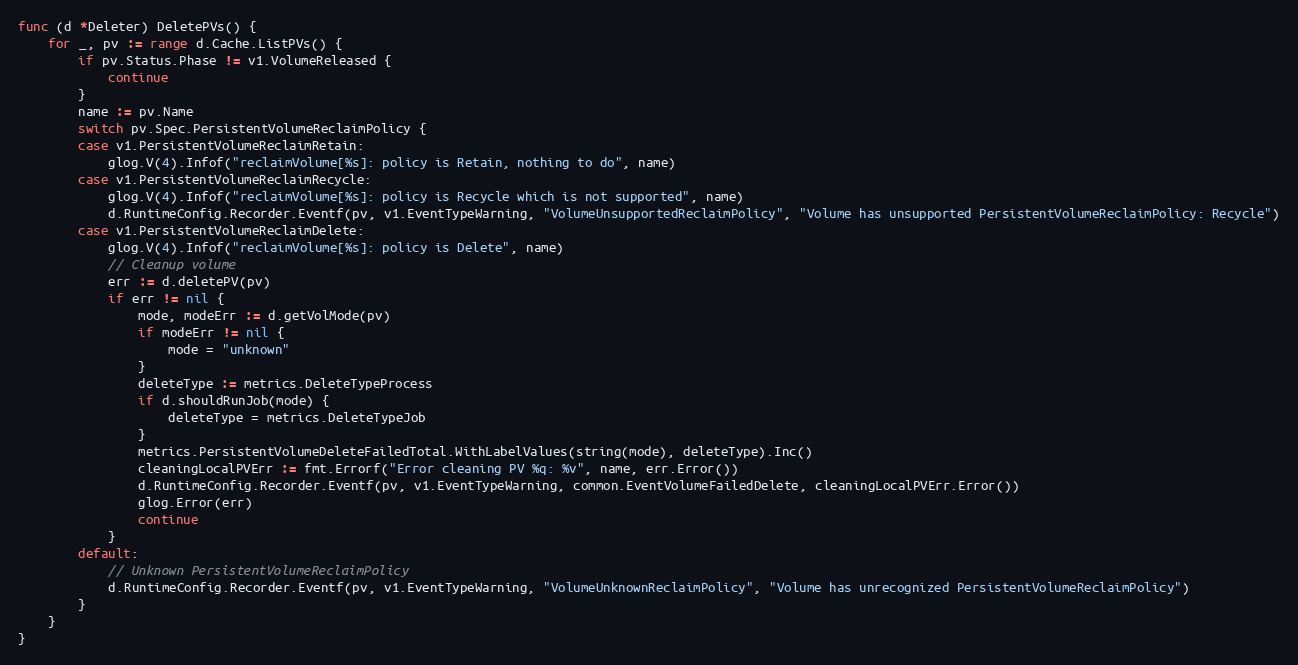
Language: Go
func (d *Deleter) DeletePVs() {
	for _, pv := range d.Cache.ListPVs() {
		if pv.Status.Phase != v1.VolumeReleased {
			continue
		}
		name := pv.Name
		switch pv.Spec.PersistentVolumeReclaimPolicy {
		case v1.PersistentVolumeReclaimRetain:
			glog.V(4).Infof("reclaimVolume[%s]: policy is Retain, nothing to do", name)
		case v1.PersistentVolumeReclaimRecycle:
			glog.V(4).Infof("reclaimVolume[%s]: policy is Recycle which is not supported", name)
			d.RuntimeConfig.Recorder.Eventf(pv, v1.EventTypeWarning, "VolumeUnsupportedReclaimPolicy", "Volume has unsupported PersistentVolumeReclaimPolicy: Recycle")
		case v1.PersistentVolumeReclaimDelete:
			glog.V(4).Infof("reclaimVolume[%s]: policy is Delete", name)
			// Cleanup volume
			err := d.deletePV(pv)
			if err != nil {
				mode, modeErr := d.getVolMode(pv)
				if modeErr != nil {
					mode = "unknown"
				}
				deleteType := metrics.DeleteTypeProcess
				if d.shouldRunJob(mode) {
					deleteType = metrics.DeleteTypeJob
				}
				metrics.PersistentVolumeDeleteFailedTotal.WithLabelValues(string(mode), deleteType).Inc()
				cleaningLocalPVErr := fmt.Errorf("Error cleaning PV %q: %v", name, err.Error())
				d.RuntimeConfig.Recorder.Eventf(pv, v1.EventTypeWarning, common.EventVolumeFailedDelete, cleaningLocalPVErr.Error())
				glog.Error(err)
				continue
			}
		default:
			// Unknown PersistentVolumeReclaimPolicy
			d.RuntimeConfig.Recorder.Eventf(pv, v1.EventTypeWarning, "VolumeUnknownReclaimPolicy", "Volume has unrecognized PersistentVolumeReclaimPolicy")
		}
	}
}